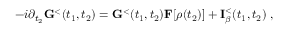
- i \partial _ { t _ { 2 } } { \bf G } ^ { < } ( t _ { 1 } , t _ { 2 } ) = { \bf G } ^ { < } ( t _ { 1 } , t _ { 2 } ) { \bf F } [ \rho ( t _ { 2 } ) ] + { \bf I } _ { \beta } ^ { < } ( t _ { 1 } , t _ { 2 } ) ~ ,